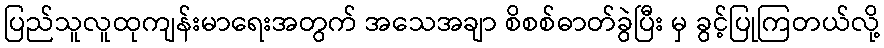
ပြည်သူလူထုကျန်းမာရေးအတွက် အသေအချာ စိစစ်ဓာတ်ခွဲပြီး မှ ခွင့်ပြုကြတယ်လို့